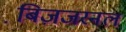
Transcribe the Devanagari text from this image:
बि़ज़जरनल